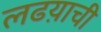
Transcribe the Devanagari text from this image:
लढय़ाची